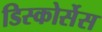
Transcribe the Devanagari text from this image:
डिस्कोर्सेस